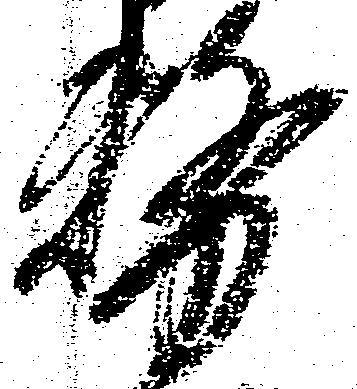
務